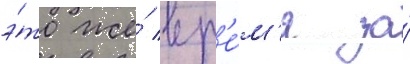
э́то же́ вр'е́м'я за́